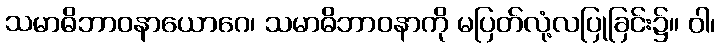
သမာဓိဘာဝနာယောဂေ၊ သမာဓိဘာဝနာကို မပြတ်လုံ့လပြုခြင်း၌။ ဝါ၊